Lunatic asylums in Bengal annual reports 1899-1911 - 1899-1911
Year: 1899
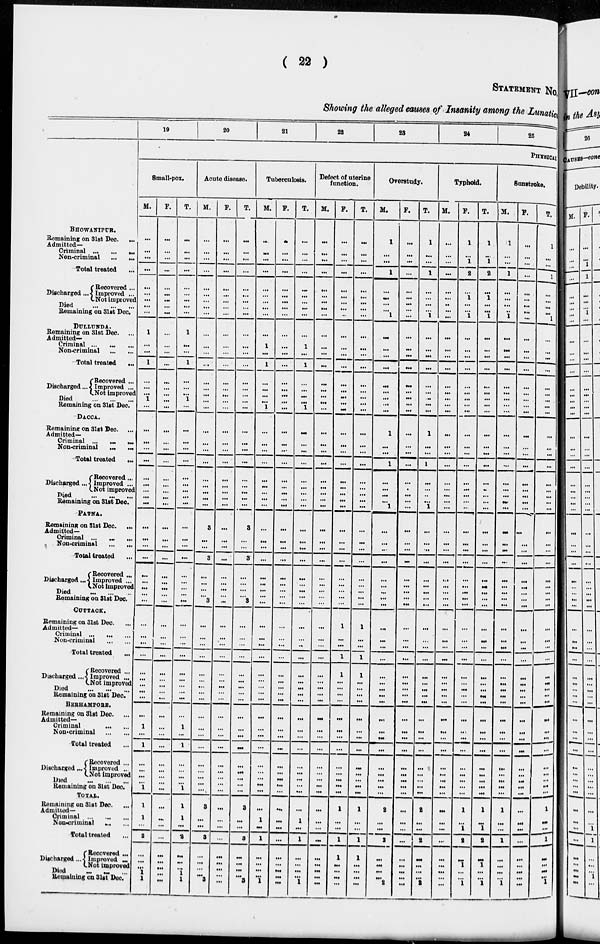
( 22 )
STATEMENT No.
Showing the alleged causes of Insanity among the Lunatics
BHOWANIPUR.
Remaining on 31st Dec.
...
Admitted—
Criminal ...
...
...
Non-criminal
...
...
Total treated ...
Discharged ...
Recovered ...
Improved ...
Not improved
Died
...
...
...
Remaining on 31st Dec.
DULLUNDA.
Remaining on 31st Dec. ...
Admitted—
Criminal ... ... ...
Non-criminal
...
...
Total treated
...
Discharged ...
Recovered ...
Improved ...
Not improved
Died
...
...
...
Remaining on 31st Dec.
DACCA.
Remaining on 31st Dec. ...
Admitted—
Criminal ... ... ...
Non-criminal
... ...
Total treated
...
Discharged ...
Recovered ...
Improved ...
Not improved
Died
...
...
...
Remaining on 31st Dec.
PATNA.
Remaining on 31st Dec.
...
Admitted—
Criminal ... ... ...
Non-criminal
...
...
Total treated ...
Discharged...
Recovered ...
Improved ...
Not improved
Died
...
...
...
Remaining on 31st Dec.
CUTTACK.
Remaining on 31st Dec.
Admitted—
Criminal
...
...
...
Non-criminal
...
...
Total treated ...
Discharged ...
Recovered ...
Improved ...
Not improved
Died
...
...
...
Remaining on 31st Dec.
BERHAMPORE.
Remaining on 31st Dec. ...
Admitted—
Criminal
...
...
Non-criminal
...
...
Total treated ...
Discharged ...
Recovered ...
Improved ...
Not improved
Died
...
...
...
Remaining on 31st Dec.
TOTAL.
Remaining on 31st Dec.
Admitted—
Criminal
...
...
...
Non-criminal
... ...
Total treated ...
Discharged ...
Recovered ...
Improved ...
Not improved
Died ... ... ...
Remaining on 31st Dec.
19
20
21
22
23
24
25
PHYSICAL
Small-pox.
M.
...
...
...
...
...
...
...
...
...
1
...
...
1
...
...
...
1
...
...
...
...
...
...
...
...
...
...
...
...
...
...
...
...
...
...
...
...
...
...
...
...
...
...
...
...
...
1
...
1
...
...
...
...
1
1
1
...
2
...
...
...
1
1
F.
...
...
...
...
...
...
...
...
...
...
...
...
...
...
...
...
...
...
...
...
...
...
...
...
...
...
...
...
...
...
...
...
...
...
...
...
...
...
...
...
...
...
...
...
...
...
...
...
...
...
...
...
...
...
...
...
...
...
...
...
...
...
...
T.
...
...
...
...
...
...
...
...
...
1
...
...
1
...
...
...
1
...
...
...
...
...
...
...
...
...
...
...
...
...
...
...
...
...
...
...
...
...
...
...
...
...
...
...
...
...
1
...
1
...
...
...
...
1
1
1
...
2
...
...
...
1
1
Acute disease.
M.
...
...
...
...
...
...
...
...
...
...
...
...
...
...
...
...
...
...
...
...
...
...
...
...
...
...
...
3
...
...
3
...
...
...
...
3
...
...
...
...
...
...
...
...
...
...
...
...
...
...
...
...
...
...
3
...
...
3
...
...
...
...
3
F.
...
...
...
...
...
...
...
...
...
...
...
...
...
...
...
...
...
...
...
...
...
...
...
...
...
...
...
...
...
...
...
...
...
...
...
...
...
...
...
...
...
...
...
...
...
...
...
...
...
...
...
...
...
...
...
...
...
...
...
...
...
...
...
T.
...
...
...
...
...
...
...
...
...
...
...
...
...
...
...
...
...
...
...
...
...
...
...
...
...
...
...
3
...
...
3
...
...
...
...
3
...
...
...
...
...
...
...
...
...
...
...
...
...
...
...
...
...
...
3
...
...
3
...
...
...
...
3
Tuberculosis.
M.
...
...
...
...
...
...
...
...
...
...
1
...
1
...
...
...
...
1
...
...
...
...
...
...
...
...
...
...
...
...
...
...
...
...
...
...
...
...
...
...
...
...
...
...
...
...
...
...
...
...
...
...
...
...
...
1
...
1
...
...
...
...
1
F.
...
...
...
...
...
...
...
...
...
...
...
...
...
...
...
...
...
...
...
...
...
...
...
...
...
...
...
...
...
...
...
...
...
...
...
...
...
...
...
...
...
...
...
...
...
...
...
...
...
...
...
...
...
...
...
...
...
...
...
...
...
...
...
T.
...
...
...
...
...
...
...
...
...
...
1
...
1
...
...
...
...
1
...
...
...
...
...
...
...
...
...
...
...
...
...
...
...
...
...
...
...
...
...
...
...
...
...
...
...
...
...
...
...
...
...
...
...
...
...
1
...
1
...
...
...
...
1
Defect of uterine
function.
M.
...
...
...
...
...
...
...
...
...
...
...
...
...
...
...
...
...
...
...
...
...
...
...
...
...
...
...
...
...
...
...
...
...
...
...
...
...
...
...
...
...
...
...
...
...
...
...
...
...
...
...
...
...
...
...
...
...
...
...
...
...
...
...
F.
...
...
...
...
...
...
...
...
...
...
...
...
...
...
...
...
...
...
...
...
...
...
...
...
...
...
...
...
...
...
...
...
...
...
...
...
1
...
...
1
1
...
...
...
...
...
...
...
...
...
...
...
...
...
1
...
...
1
1
...
...
...
...
T.
...
...
...
...
...
...
...
...
...
...
...
...
...
...
...
...
...
...
...
...
...
...
...
...
...
...
...
...
...
...
...
...
...
...
...
...
1
...
...
1
1
...
...
...
...
...
...
...
...
...
...
...
...
...
1
...
...
1
1
...
...
...
...
Overstudy.
M.
1
...
...
1
...
...
...
...
1
...
...
...
...
...
...
...
...
...
1
...
...
1
...
...
...
...
1
...
...
...
...
...
...
...
...
...
...
...
...
...
...
...
...
...
...
...
...
...
...
...
...
...
...
...
2
...
...
2
...
...
...
...
2
F.
...
...
...
...
...
...
...
...
...
...
...
...
...
...
...
...
...
...
...
...
...
...
...
...
...
...
...
...
...
...
...
...
...
...
...
...
...
...
...
...
...
...
...
...
...
...
...
...
...
...
...
...
...
...
...
...
...
...
...
...
...
...
...
T.
1
...
...
1
...
...
...
...
1
...
...
...
...
...
...
...
...
...
1
...
...
1
...
...
...
...
1
...
...
...
...
...
...
...
...
...
...
...
...
...
...
...
...
...
...
...
...
...
...
...
...
...
...
...
2
...
2
...
...
...
...
2
Typhoid.
M.
...
...
...
...
...
...
...
...
...
...
...
...
...
...
...
...
...
...
...
...
...
...
...
...
...
...
...
...
...
...
...
...
...
...
...
...
...
...
...
...
...
...
...
...
...
...
...
...
...
...
...
...
...
...
...
...
...
...
...
...
...
...
...
F.
1
...
1
2
...
1
...
...
1
...
...
...
...
...
...
...
...
...
...
...
...
...
...
...
...
...
...
...
...
...
...
...
...
...
...
...
...
...
...
...
...
...
...
...
...
...
...
...
...
...
...
...
...
...
1
...
1
2
...
1
...
...
1
T.
1
...
1
2
...
1
...
...
1
...
...
...
...
...
...
...
...
...
...
...
...
...
...
...
...
...
...
...
...
...
...
...
...
...
...
...
...
...
...
...
...
...
...
...
...
...
...
...
...
...
...
...
...
...
1
...
1
2
...
1
...
...
1
Sunstroke.
M.
1
...
...
1
...
...
...
...
1
...
...
...
...
...
...
...
...
...
...
...
...
...
...
...
...
...
...
...
...
...
...
...
...
...
...
...
...
...
...
...
...
...
...
...
...
...
...
...
...
...
...
...
...
...
1
...
...
1
...
...
...
...
1
F.
...
...
...
...
...
...
...
...
...
...
...
...
...
...
...
...
...
...
...
...
...
...
...
...
...
...
...
...
...
...
...
...
...
...
...
...
...
...
...
...
...
...
...
...
...
...
...
...
...
...
...
...
...
...
...
...
...
...
...
...
...
...
...
T.
1
...
...
1
...
...
...
...
1
...
...
...
...
...
...
...
...
...
...
...
...
...
...
...
...
...
...
...
...
...
...
...
...
...
...
...
...
...
...
...
...
...
...
...
...
...
...
...
...
...
...
...
...
...
1
...
...
1
...
...
...
...
1